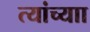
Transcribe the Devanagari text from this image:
त्यांच्याा